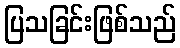
ပြသခြင်းဖြစ်သည်